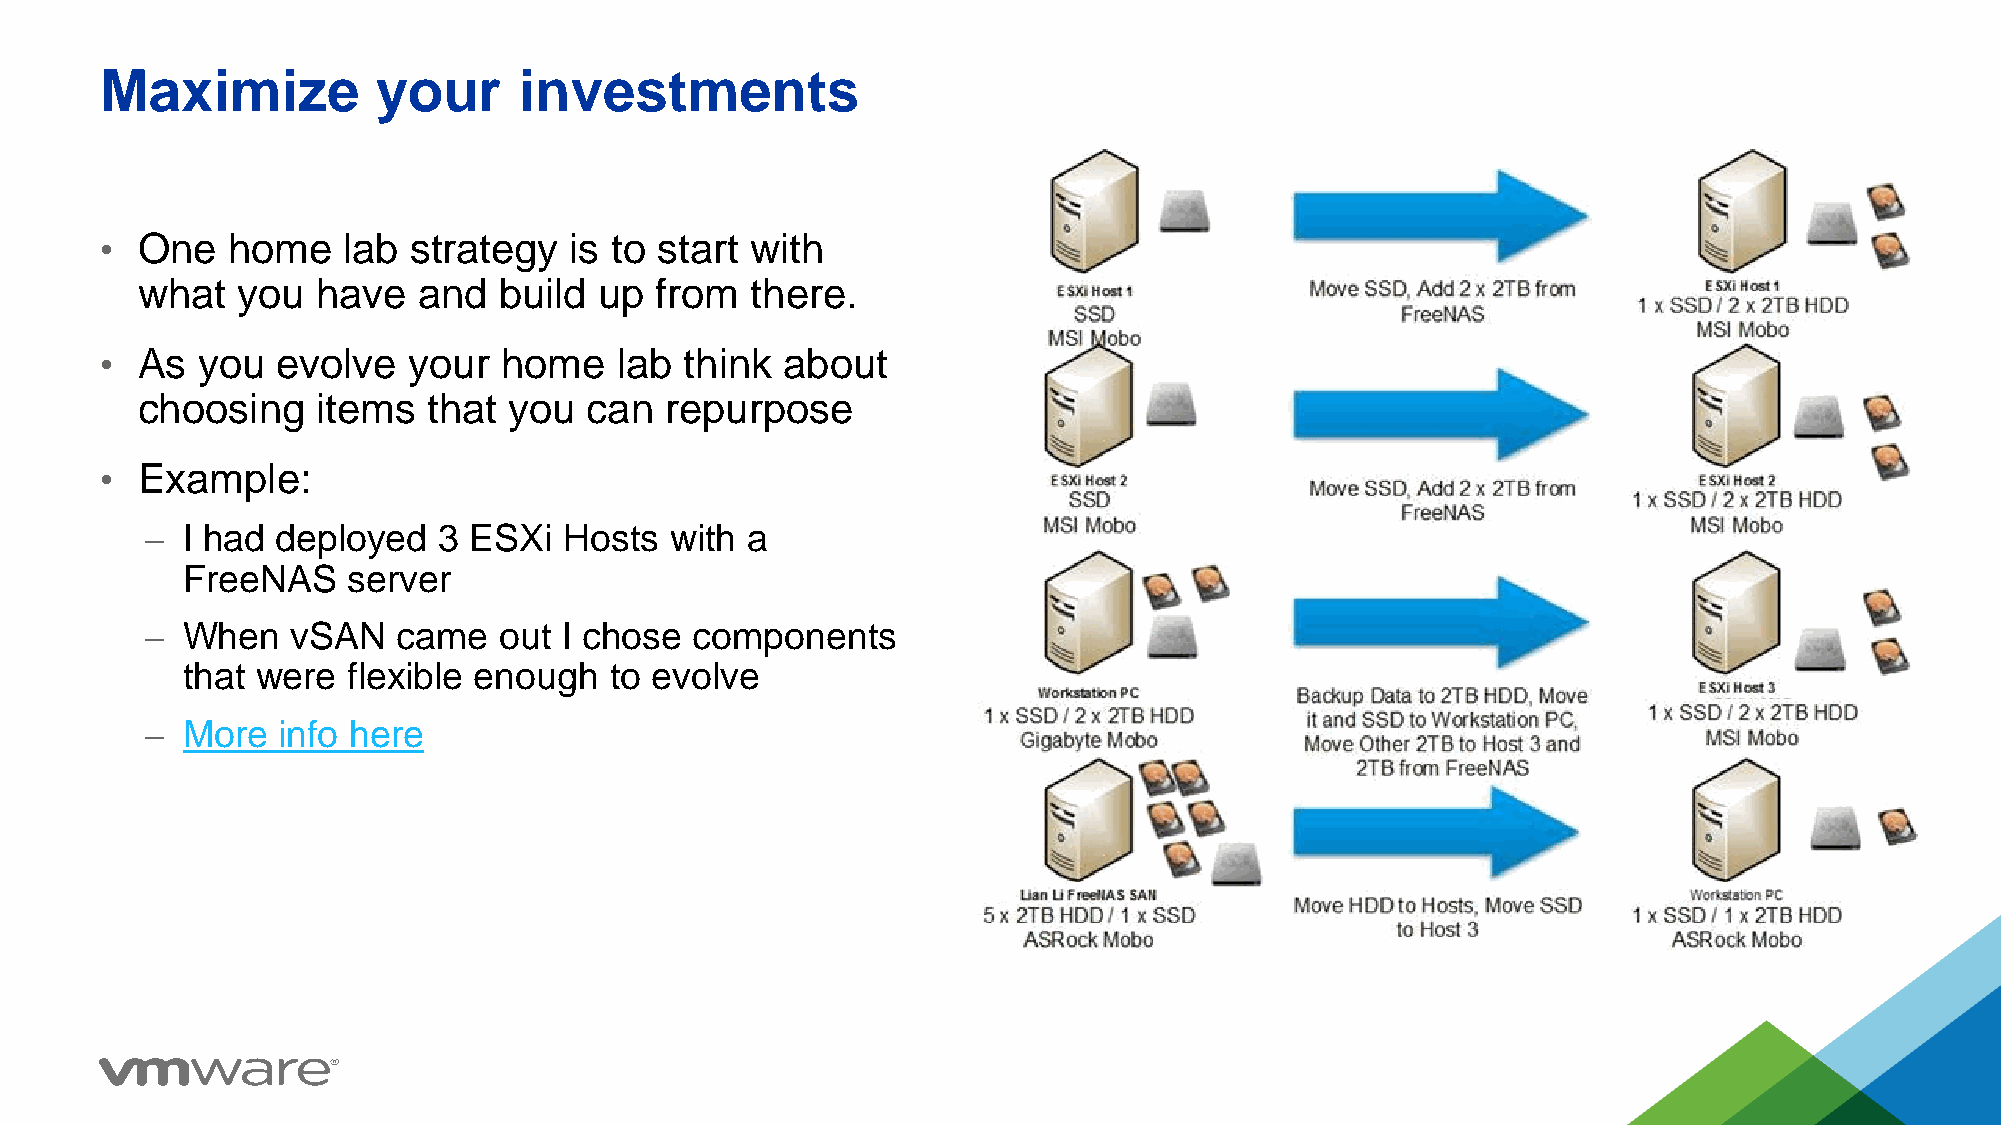
Maximize          your     investments
 • One   home    lab strategy   is to start with
 what   you  have   and  build  up from   there.
 • As  you  evolve   your  home    lab think  about
 choosing    items  that  you  can  repurpose
 • Example:
 – I had deployed   3 ESXi  Hosts  with a
 FreeNAS    server
 – When   vSAN   came   out I chose  components
 that were  flexible enough  to evolve
 – More  info here